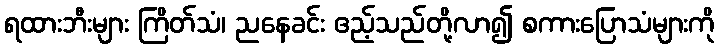
ရထားဘီးများ ကြိတ်သံ၊ ညနေခင်း ဧည့်သည်တို့လာ၍ စကားပြောသံများကို